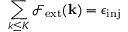
\sum _ { k \le K } \mathcal { F } _ { \mathrm { e x t } } ( { \bf k } ) = \epsilon _ { \mathrm { i n j } }